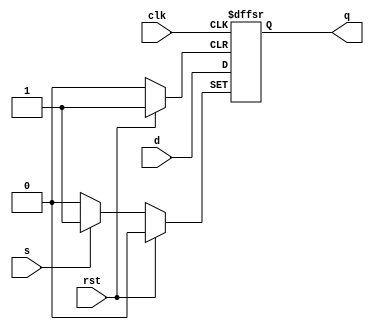
`timescale 1ns / 1ps
//////////////////////////////////////////////////////////////////////////////////
// Company: 
// Engineer: 
// 
// Design Name: 
// Module Name: d_flipflop
// Project Name: 
// Target Devices: 
// Tool Versions: 
// Description: 
// 
// Dependencies: 
// 
// Revision:
// Revision 0.01 - File Created
// Additional Comments:
// 
//////////////////////////////////////////////////////////////////////////////////


module d_flipflop(
input wire clk, d, rst,s,
output reg q = 1'b0);
//FPGA have single output F
//Note, this design is using 3 FF elements. Sync reset is using 1 FF.
always@(posedge clk,posedge s,posedge rst)
begin
if(rst == 1'b1)
	q <= 1'b0;
else if(s == 1'b1)
    q <= 1'b1;
else
	q <= d;
end
endmodule